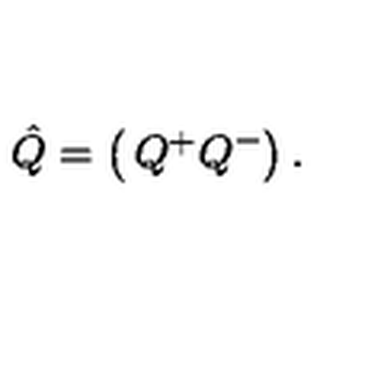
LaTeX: \hat { Q } = \left( \begin{matrix} { Q ^ { + } } \\ { Q ^ { - } } \\ \end{matrix} \right) .